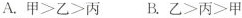
A.甲>乙>丙 B.乙>丙>甲